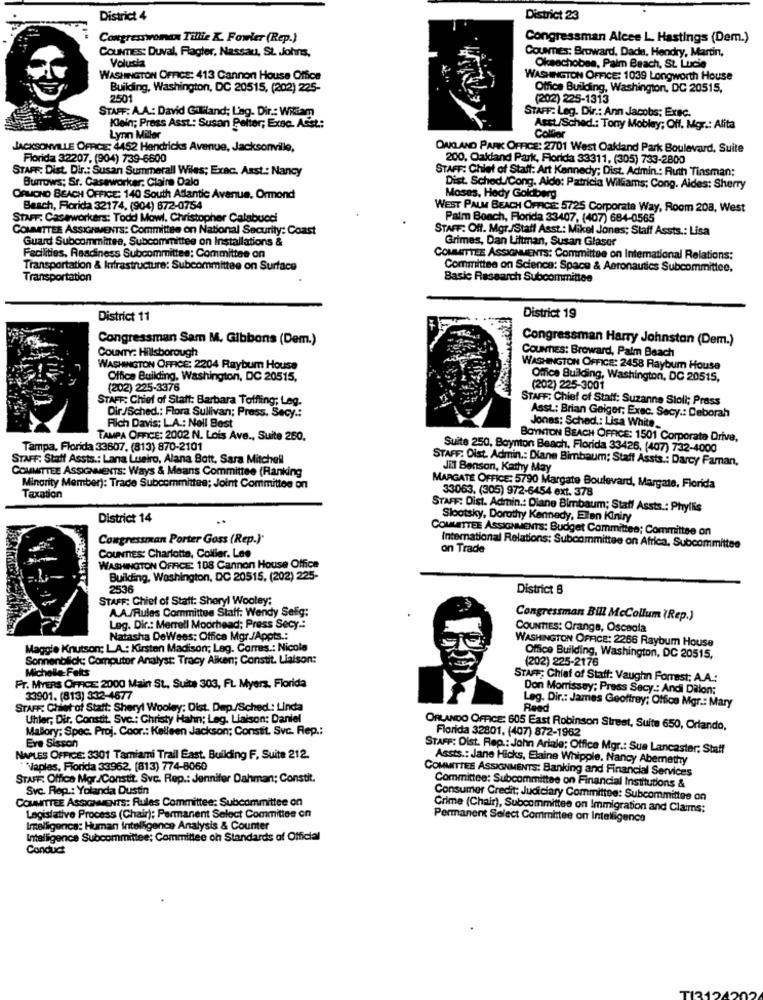
District 4
District 23
Congresswoman Tillie K. Fowler (Rep.)
Congressman Alcee L. Hastings (Dem.)
Coumes: Broward, Dade, Hendry, Martin,
CourTES: Duval, Flagler, Nassau, St .Johns,
Volusia
Okeechobee, Palm Beach, St. Lucie
WASHINGTON OFFICE: 413 Cannon House Office
WASHINGTON OFFICE: 1039 Longworth House
Building, Washington, DC 20515, (202) 225-
Office Building, Washington, DC 20515,
2501
(202) 225-1313
STAFF: A.A .: David Gililand; Ling. Dir .: Wiliam
STAFF: Leg. Dir .: Ann Jacobs; Exec.
Klein; Press Asst .: Susan Polter; Exse. Adist .:
Asst/Sched .: Tony Mobley; Off. Mgr .: Alita
Lynn Miller
Collier
JACKSONVILLE OFFICE: 4452 Hendricks Avenue, Jacksonville,
OAKLAND PARK OFFICE: 2701 West Oakland Park Boulevard, Suite
Florida 32207, (904) 739-6600
200, Oaldand Park, Florida 33311, (305) 733-2800
STAFF: Dist. Dir .: Susan Summerall Wiles; Exac. Asst .: Nancy
STAFF: Chief of Staff: Art Kennedy; Dist. Admin .: Ruth Tinsman:
Burrows; Sr. Caseworker. Claire Dalo
Dist. Sched./Cong. Aldo: Patricia Williams; Cong. Aides: Sherry
ORMOND BEACH OFFICE: 140 South Atlantic Avenue. Ormond
Moses, Hedy Goldberg
Beach, Florida 32174, (904) 672-0764
WEST PALM BEACH OFFICE 5725 Corporate Way, Room 208, West
STAFF: Caseworkers: Todd Mowl. Christopher Calabucci
Palm Beach, Florida 33407, (407) 684-0565
COMMITTEE ASSIGNMENTS: Committee on National Security: Coast
STAFF: Off. Mgr./Staff Asst .: Mikel Jones; Staff Assts .: Lisa
Guard Subcommittee, Subcommittee on Installations &
Grimes, Dan Littman, Susan Glaser
Facilities, Readiness Subcommittee: Committee on
COMMITTEE ASSIGNMENTS: Committee on International Relations:
Transportation & Infrastructure: Subcommittee on Surface
Committee on Science: Space & Aeronautics Subcommittee.
Transportation
Basic Research Subcommittee
District 11
District 19
Congressman Sam M. Gibbons (Dem.)
Congressman Harry Johnston (Dem.)
COUNTIES: Broward, Palm Beach
COUNTY: Hillsborough
WASHINGTON OFFICE: 2204 Raybum House
WASHINGTON OFFICE: 2458 Raybum House
Office Building, Washington, DC 20515,
Office Building, Washington, DC 20515,
(202) 225-3376
(202) 225-3001
STAFF: Chief of Staff: Barbara Toffiing; Leg.
STAFF: Chief of Staff: Suzanne Stoli; Press
Rlich Davis; L.A .: Noll Best
Dir./Sched .: Flora Sullivan; Prass. Secy .:
Asst .: Brian Geiger; Exec. Secy .: Deborah
Jones: Sched .: Lisa White
TAMPA OFFICE: 2002 N. Lois Ave ., Suite 250.
BOYNTON BEACH OFFICE: 1501 Corporate Drive,
Tampa, Florida 33807. (813) 870-2101
Suite 250, Boynton Beach, Florida 33426, (407) 732-4000
STAFF: Staff Assts .: Lana Lueiro, Alana Bott, Sara Mitchell
STAFF: Dist. Admin .: Diane Bimbaum; Staff Assts .: Darcy Faman,
COMMITTEE ASSIGNMENTS: Ways & Means Committee (Ranking
JM Benson, Kathy May
Minority Member): Trade Subcommittee; Joint Committee on
MARGATE OFFICE: 5790 Margate Boulevard, Margate, Florida
33063, (305) 972-6454 ext. 378
Taxation
STAFF: Dist. Admin .: Diane Bimbaum; Staff Assts .: Phyllis
District 14
Slootsky, Dorothy Kennedy, Ellen Kiniry
COMMITTEE ASSIGNMENTS: Budget Committee; Committee on
Congressman Porter Goss (Rep.)'
International Relations: Subcommittee on Africa, Subcommittee
on Trade
COUNTIES: Charlotte, Collier. Lee
WASHINGTON OFFICE 108 Cannon House Office
Building, Washington, DC 20515, (202) 225-
2536
District 8
STAFF: Chief of Statt: Sheryl Wooley:
A.A./Rules Committee Staff: Wendy Selig:
Congressman Bill McCollum (Rep.)
Leg. Dir .: Merrell Moorhead; Press Secy .:
COUNTTES: Orange, Osceola
Natasha DeWees: Office Mgr./Appts .:
WASHINGTON OFFICE: 2266 Raybum House
Maggie Knutson: LA .: Kirsten Madison; Leg. Corres .: Nicole
Sonnenblick; Computer Analyst: Tracy Aiken; Constit. Liaison:
(202) 225-2176
Office Building, Washington, DC 20515,
Michelle- Fetts
STAR; Chief of Staff: Vaughn Forrest; A.A .:
FT. MYERS OFFICE 2000 Maint St ., Suite 303, FL Myers, Florida
Don Morrissey; Press Secy .: Andi Dillon:
33901. (813) 332-4677
STAFF: Chief of Staff: Sheryl Wooley; Dist. Dep./Sched: Linda
Reed
Leg. Dir .: James Geoffrey; Office Mgr .: Mary
Uhler; Dir. Constit. Svc .: Christy Hahn; Leg. Liaison: Daniel
Mallory; Spec. Proj. Coor .: Kelleen Jackson; Constit. Svc. Rep .:
ORLANDO OFFICE: 605 East Robinson Street, Suite 650, Orlando,
Florida 32801, (407) 872-1962
Eve Sisson
STAFF: Dist. Rep .: John Ariale; Office Mgr .: Sue Lancaster: Staff
NAPLES OFFICE: 3301 Tamiami Trail East. Building F, Suite 212.
Assts .: Jane Hicks, Elaine Whipple. Nancy Abernathy
Vaples, Florida 33962. (813) 774-8060
COMMITTEE ASSIGNMENTS: Banking and Financial Services
STAFF: Office Mor./Constit. Svc. Rep .: Jennifer Dahmani; Constit.
Svc. Rep .: Yolanda Dustin
Committee: Subcommittee on Financial Institutions &
COMMITTEE ASSIGNMENTS: Rules Committee: Subcommittee on
Consumer Credit: Judiciary Committee: Subcommittee on
Crime (Chair), Subcommittee on Immigration and Claims:
Legislative Process (Chair); Permanent Select Committee on
Permanent Select Committee on Intelligence
Imelligonca: Human Intelligence Analysis & Counter
Intelligence Subcommittee; Committee on Standards of Official
Conduct